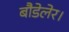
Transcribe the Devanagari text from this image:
बौडेलेर।